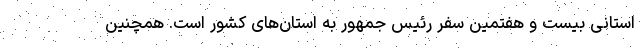
استانی بیست و هفتمین سفر رئیس جمهور به استان‌های کشور است. همچنین